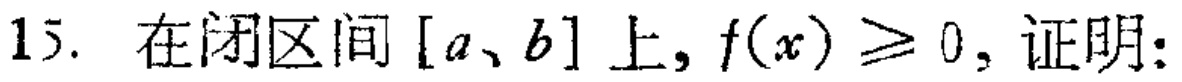
15. 在闭区间\([a,b]\)上，\(f(x)\geq0\)，证明：